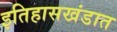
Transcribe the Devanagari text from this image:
इतिहासखंडात